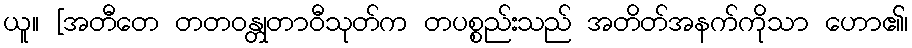
ယူ။ [အတီတေ တတဝန္တုတာဝီသုတ်က တပစ္စည်းသည် အတိတ်အနက်ကိုသာ ဟော၏၊